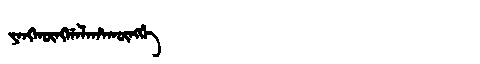
Manchu: ᠶᠠᠩᡴᡡᠩᡤᠠᠯᠠᡥᠠᡴᡡᠩᡤᡝ
Romanization: YANGKŪNGGALAHAKŪNGGE